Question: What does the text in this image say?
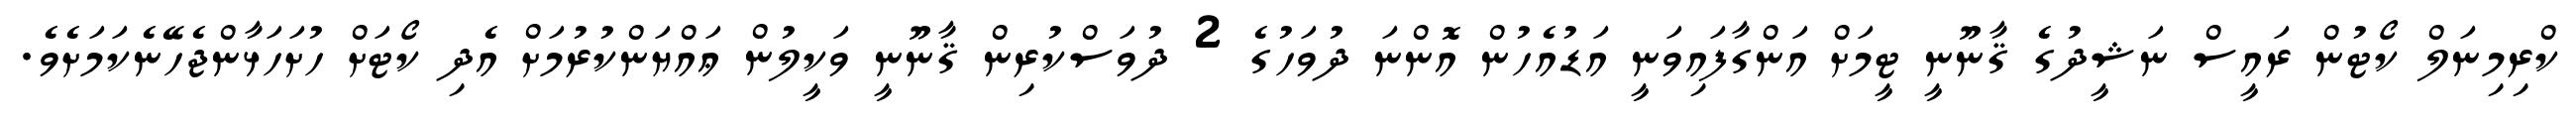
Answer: ކްރިމިނަލް ކޯޓުން ރައީސް ނަޝީދުގެ ޤާނޫނީ ޓީމަށް އަންގާފައިވަނީ އަޑުއެހުން އޮންނަ ދުވަހުގެ 2 ދުވަސްކުރިން ޤާނޫނީ ވަކީލުން ޢައްޔަންކުރުމަށް އެދި ކޯޓަށް ހުށަހަޅާންޖެހޭނެކަމަށެވެ.